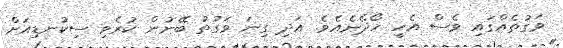
ވަގުތެއްގައި ވެސް އެހީ ހޯދޭނެއެވެ. އަދި ގިނަ ވަގުތު ބޭނުން ކުރެވި ސިކުނޑިއަށް